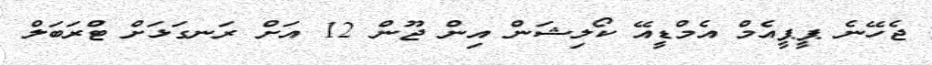
ޖެހޭނެ ޕީޕީއެމް އެމްޑީއޭ ކޯލިޝަން އިން ޖޫން 12 އަށް ރަނގަޅަށް ޓްރަބަލް